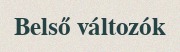
Belső változók